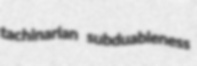
tachinarian subduableness